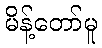
မိန့်တော်မူ